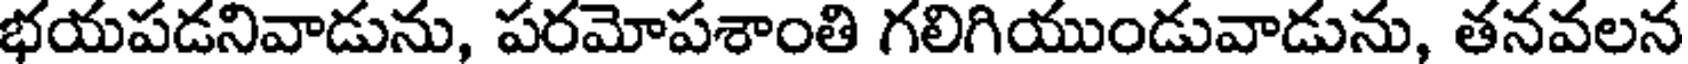
భయపడనివాడును, పరమోపశాంతి గలిగియుండువాడును, తనవలన